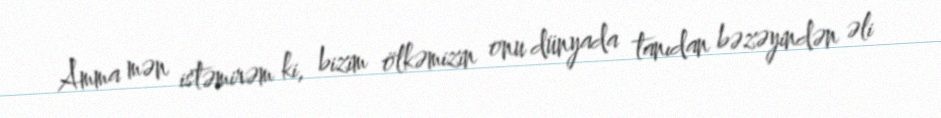
Amma mən istəmirəm ki, bizim ölkəmizin onu dünyada tanıdan bəzəyindən əli